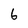
Character: 6